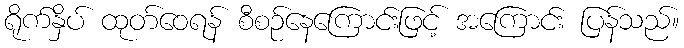
ရိုက်နှိပ် ထုတ်ဝေရန် စီစဉ်နေကြောင်းဖြင့် အကြောင်း ပြန်သည်။